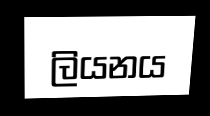
ලියනය